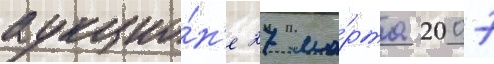
аукцио́н'е 27 ма́рта 2007